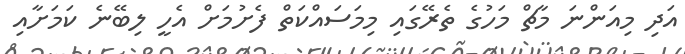
އަދި މިއަންނަ މާޗް މަހުގެ ތެރޭގައި މިމަސައްކަތް ފެށުމަށް އެހީ ލިބޭނެ ކަމަށާއި